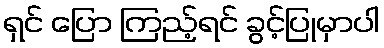
ရှင် ပြော ကြည့်ရင် ခွင့်ပြုမှာပါ